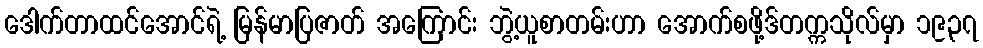
ဒေါက်တာထင်အောင်ရဲ့ မြန်မာပြဇာတ် အကြောင်း ဘွဲ့ယူစာတမ်းဟာ အောက်စဖို့ဒ်တက္ကသိုလ်မှာ ၁၉၃၇